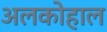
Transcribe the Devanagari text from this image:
अलकोहाल